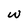
Character: w